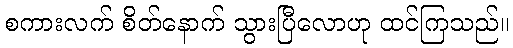
စကားလက် စိတ်နောက် သွားပြီလောဟု ထင်ကြသည်။